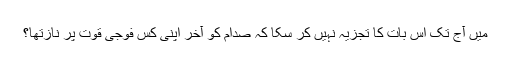
میں آج تک اِس بات کا تجزیہ نہیں کر سکا کہ صدام کو آخر اپنی کِس فوجی قوت پر نازتھا؟